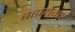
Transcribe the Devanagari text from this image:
बढायेगा